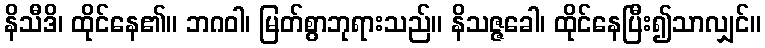
နိသီဒိ၊ ထိုင်နေ၏။ ဘဂဝါ၊ မြတ်စွာဘုရားသည်။ နိသဇ္ဇခေါ၊ ထိုင်နေပြီး၍သာလျှင်။